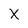
Character: x